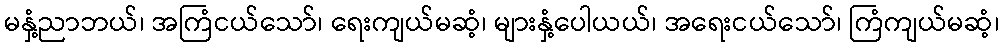
မနှံ့ညာဘယ်၊ အကြံငယ်သော်၊ ရေးကျယ်မဆံ့၊ များနှံ့ပေါယယ်၊ အရေးငယ်သော်၊ ကြံကျယ်မဆံ့၊